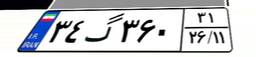
۱۰گ۱۴۹۹۵